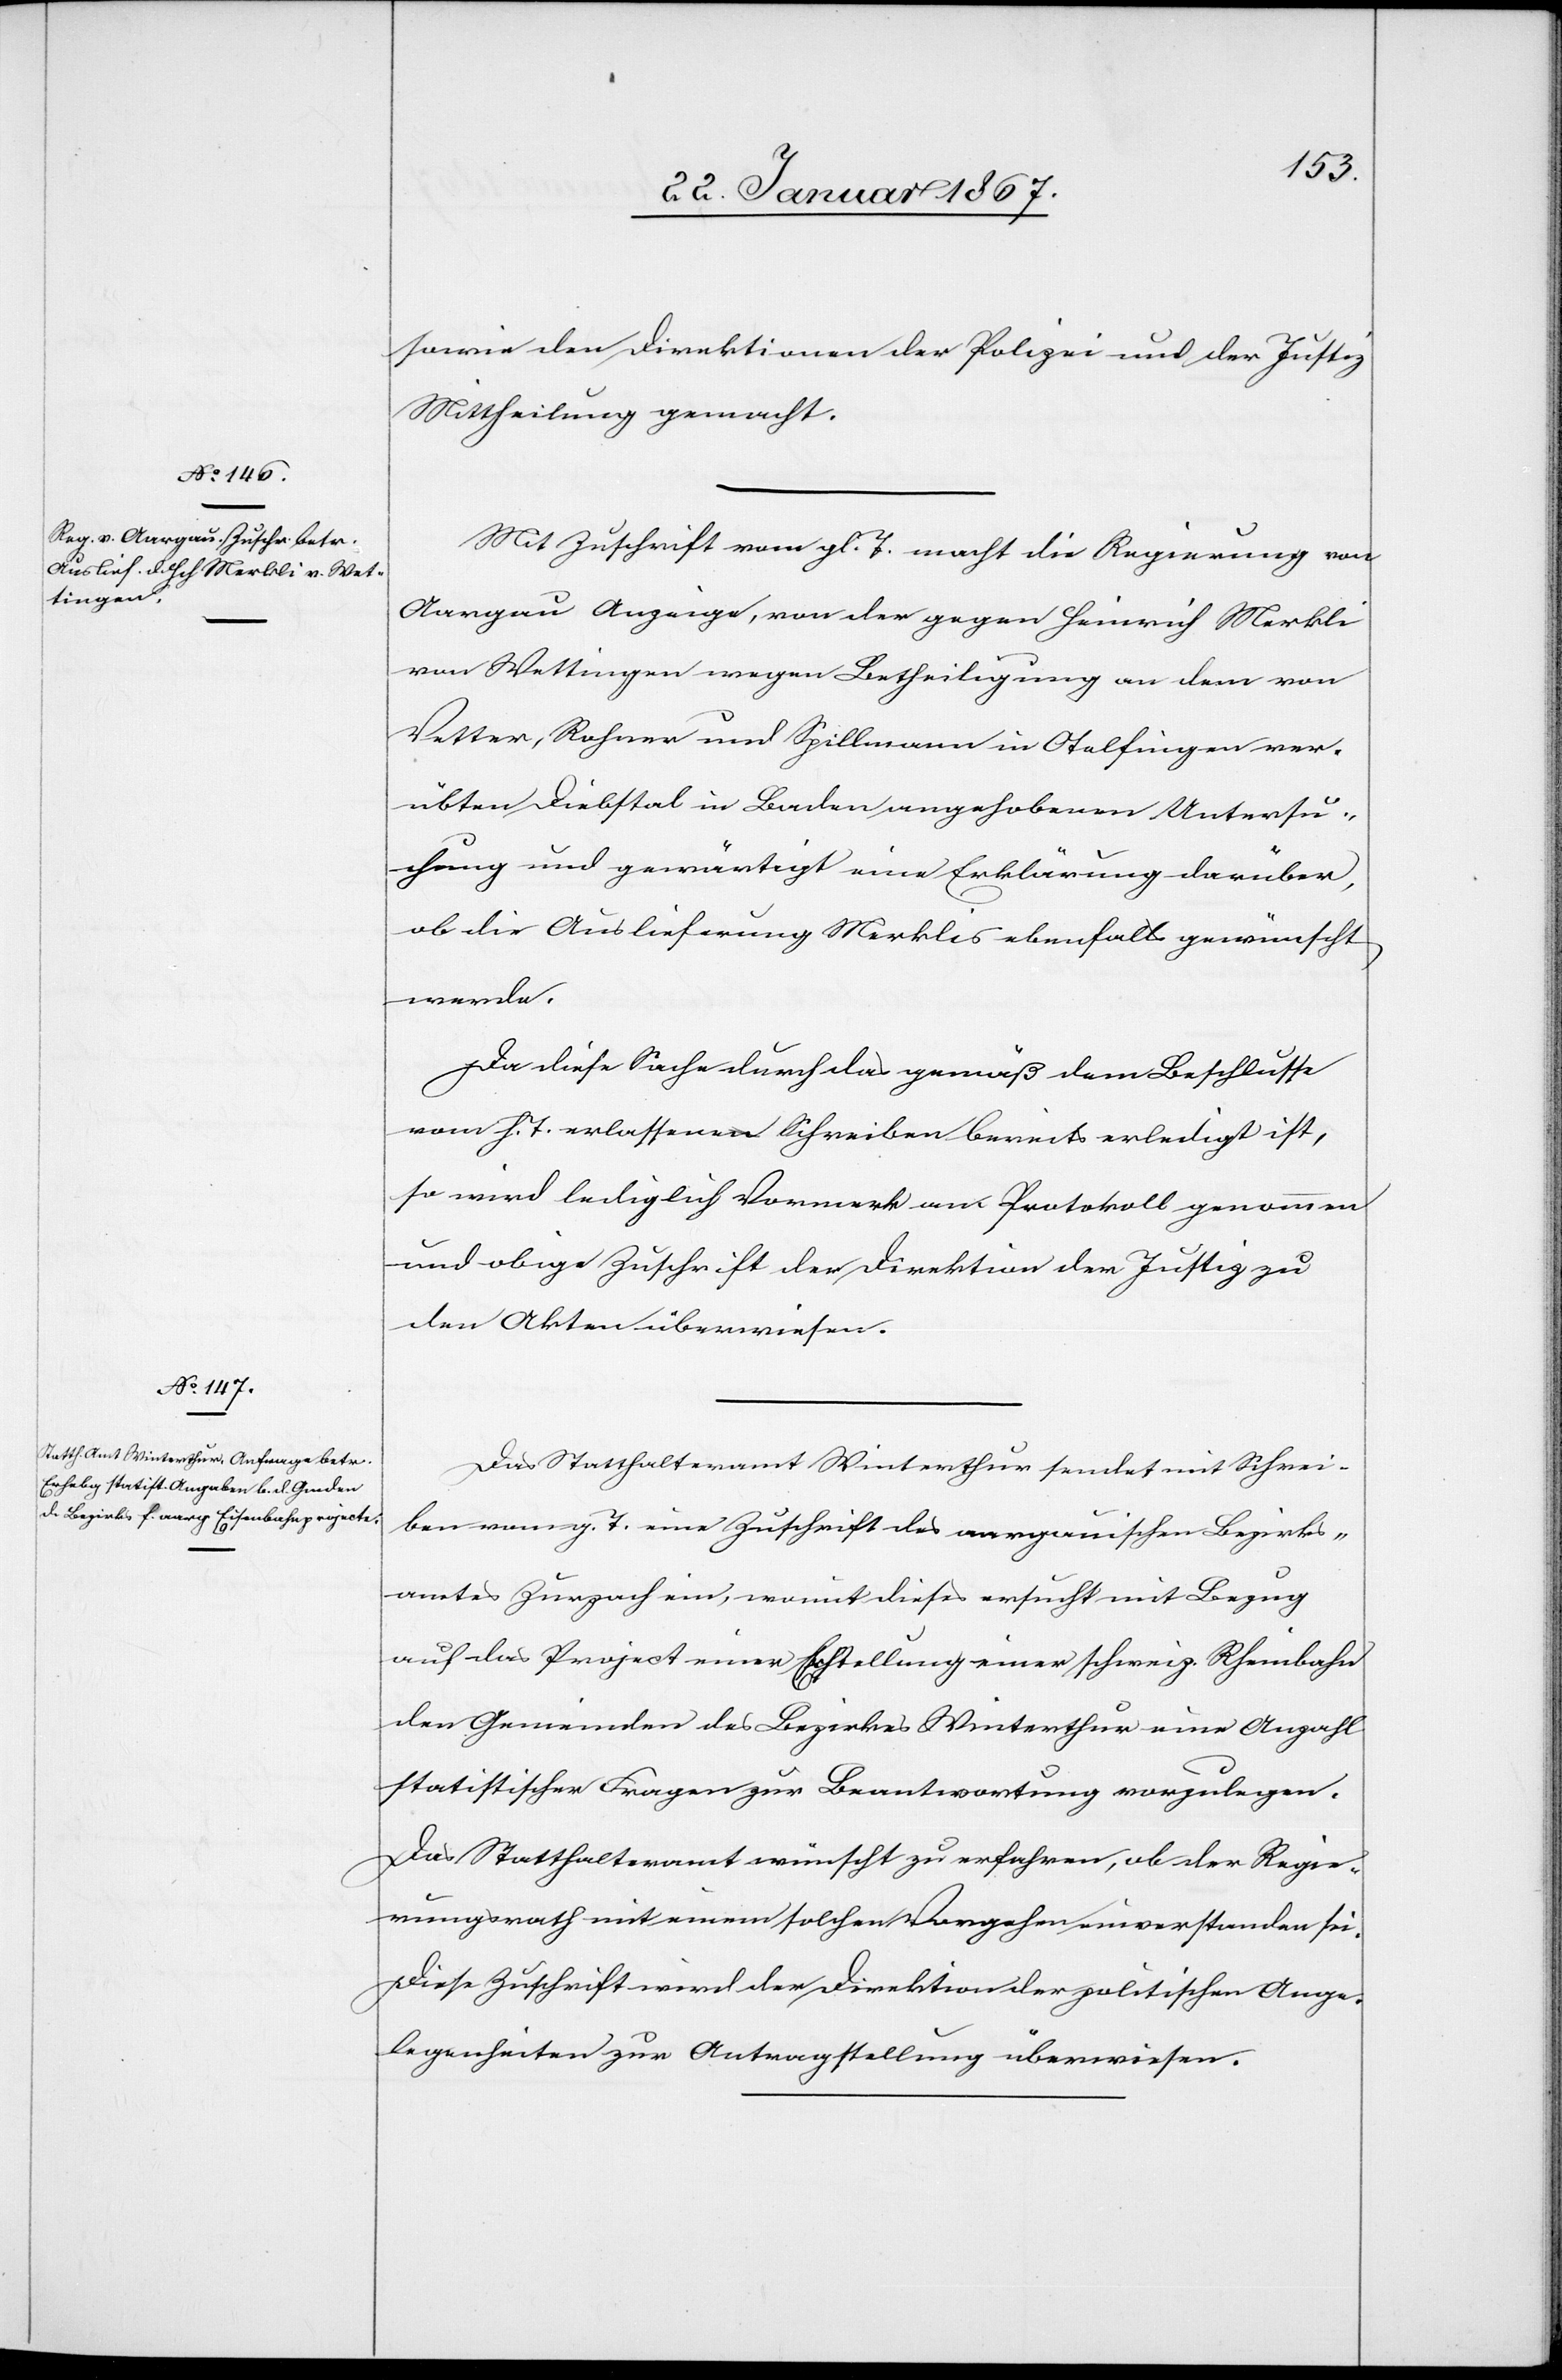
22. Januar 1867.]
sowie den Direktionen der Polizei und der Justiz
Mittheilung gemacht.
Mit Zuschrift vom gl. T. macht die Regierung von
Aargau Anzeige, von der gegen Heinrich Merkli
von Wettingen wegen Betheiligung an dem von
Vetter, Rohner und Spillmann in Otelfingen ver¬
übten Diebstal in Baden angehobenen Untersu¬
chung und gewärtigt eine Erklärung darüber,
ob die Auslieferung Merklis ebenfalls gewünscht
werde.
Da diese Sache durch das gemäß dem Beschlusse
vom h. T. erlassenen Schreiben bereits erledigt ist,
so wird lediglich Vermerk am Protokoll genommen
und obige Zuschrift ist der Direktion der Justiz zu
den Akten überwiesen.
Das Statthalteramt Winterthur sendet mit Schrei¬
ben vom g. T. eine Zuschrift des aargauischen Bezirks¬
amtes Zurzach ein, womit dieses ersucht mit Bezug
auf das Project einer Erstellung einer schweiz. Rheinbahn
den Gemeinden des Bezirkes Winterthur eine Anzahl
statistischer Fragen zur Beantwortung vorzulegen.
Das Statthalteramt wünscht zu erfahren, ob der Regie¬
rungsrath mit einem solchen Vorgehen einverstanden sei.
Diese Zuschrift wird der Direktion der politischen Ange¬
legenheiten zur Antragstellung überweisen.